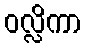
ဝလ္လိကာ